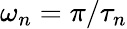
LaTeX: \omega_{n}=\pi/\tau_{n}